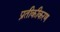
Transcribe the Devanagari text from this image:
प्रतीकीकरण